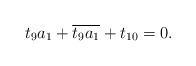
LaTeX: \begin{align*}t_{9} a_{1} + \overline{t_{9} a_{1}} + t_{10} =0.\end{align*}